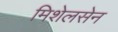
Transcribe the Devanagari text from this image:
मिशेलसेन